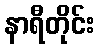
နာရီတိုင်း